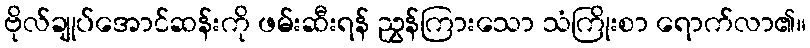
ဗိုလ်ချုပ်အောင်ဆန်းကို ဖမ်းဆီးရန် ညွှန်ကြားသော သံကြိုးစာ ရောက်လာ၏။